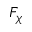
F _ { \chi }